Jaan_Tonisson_(Lasteleht), lk 280
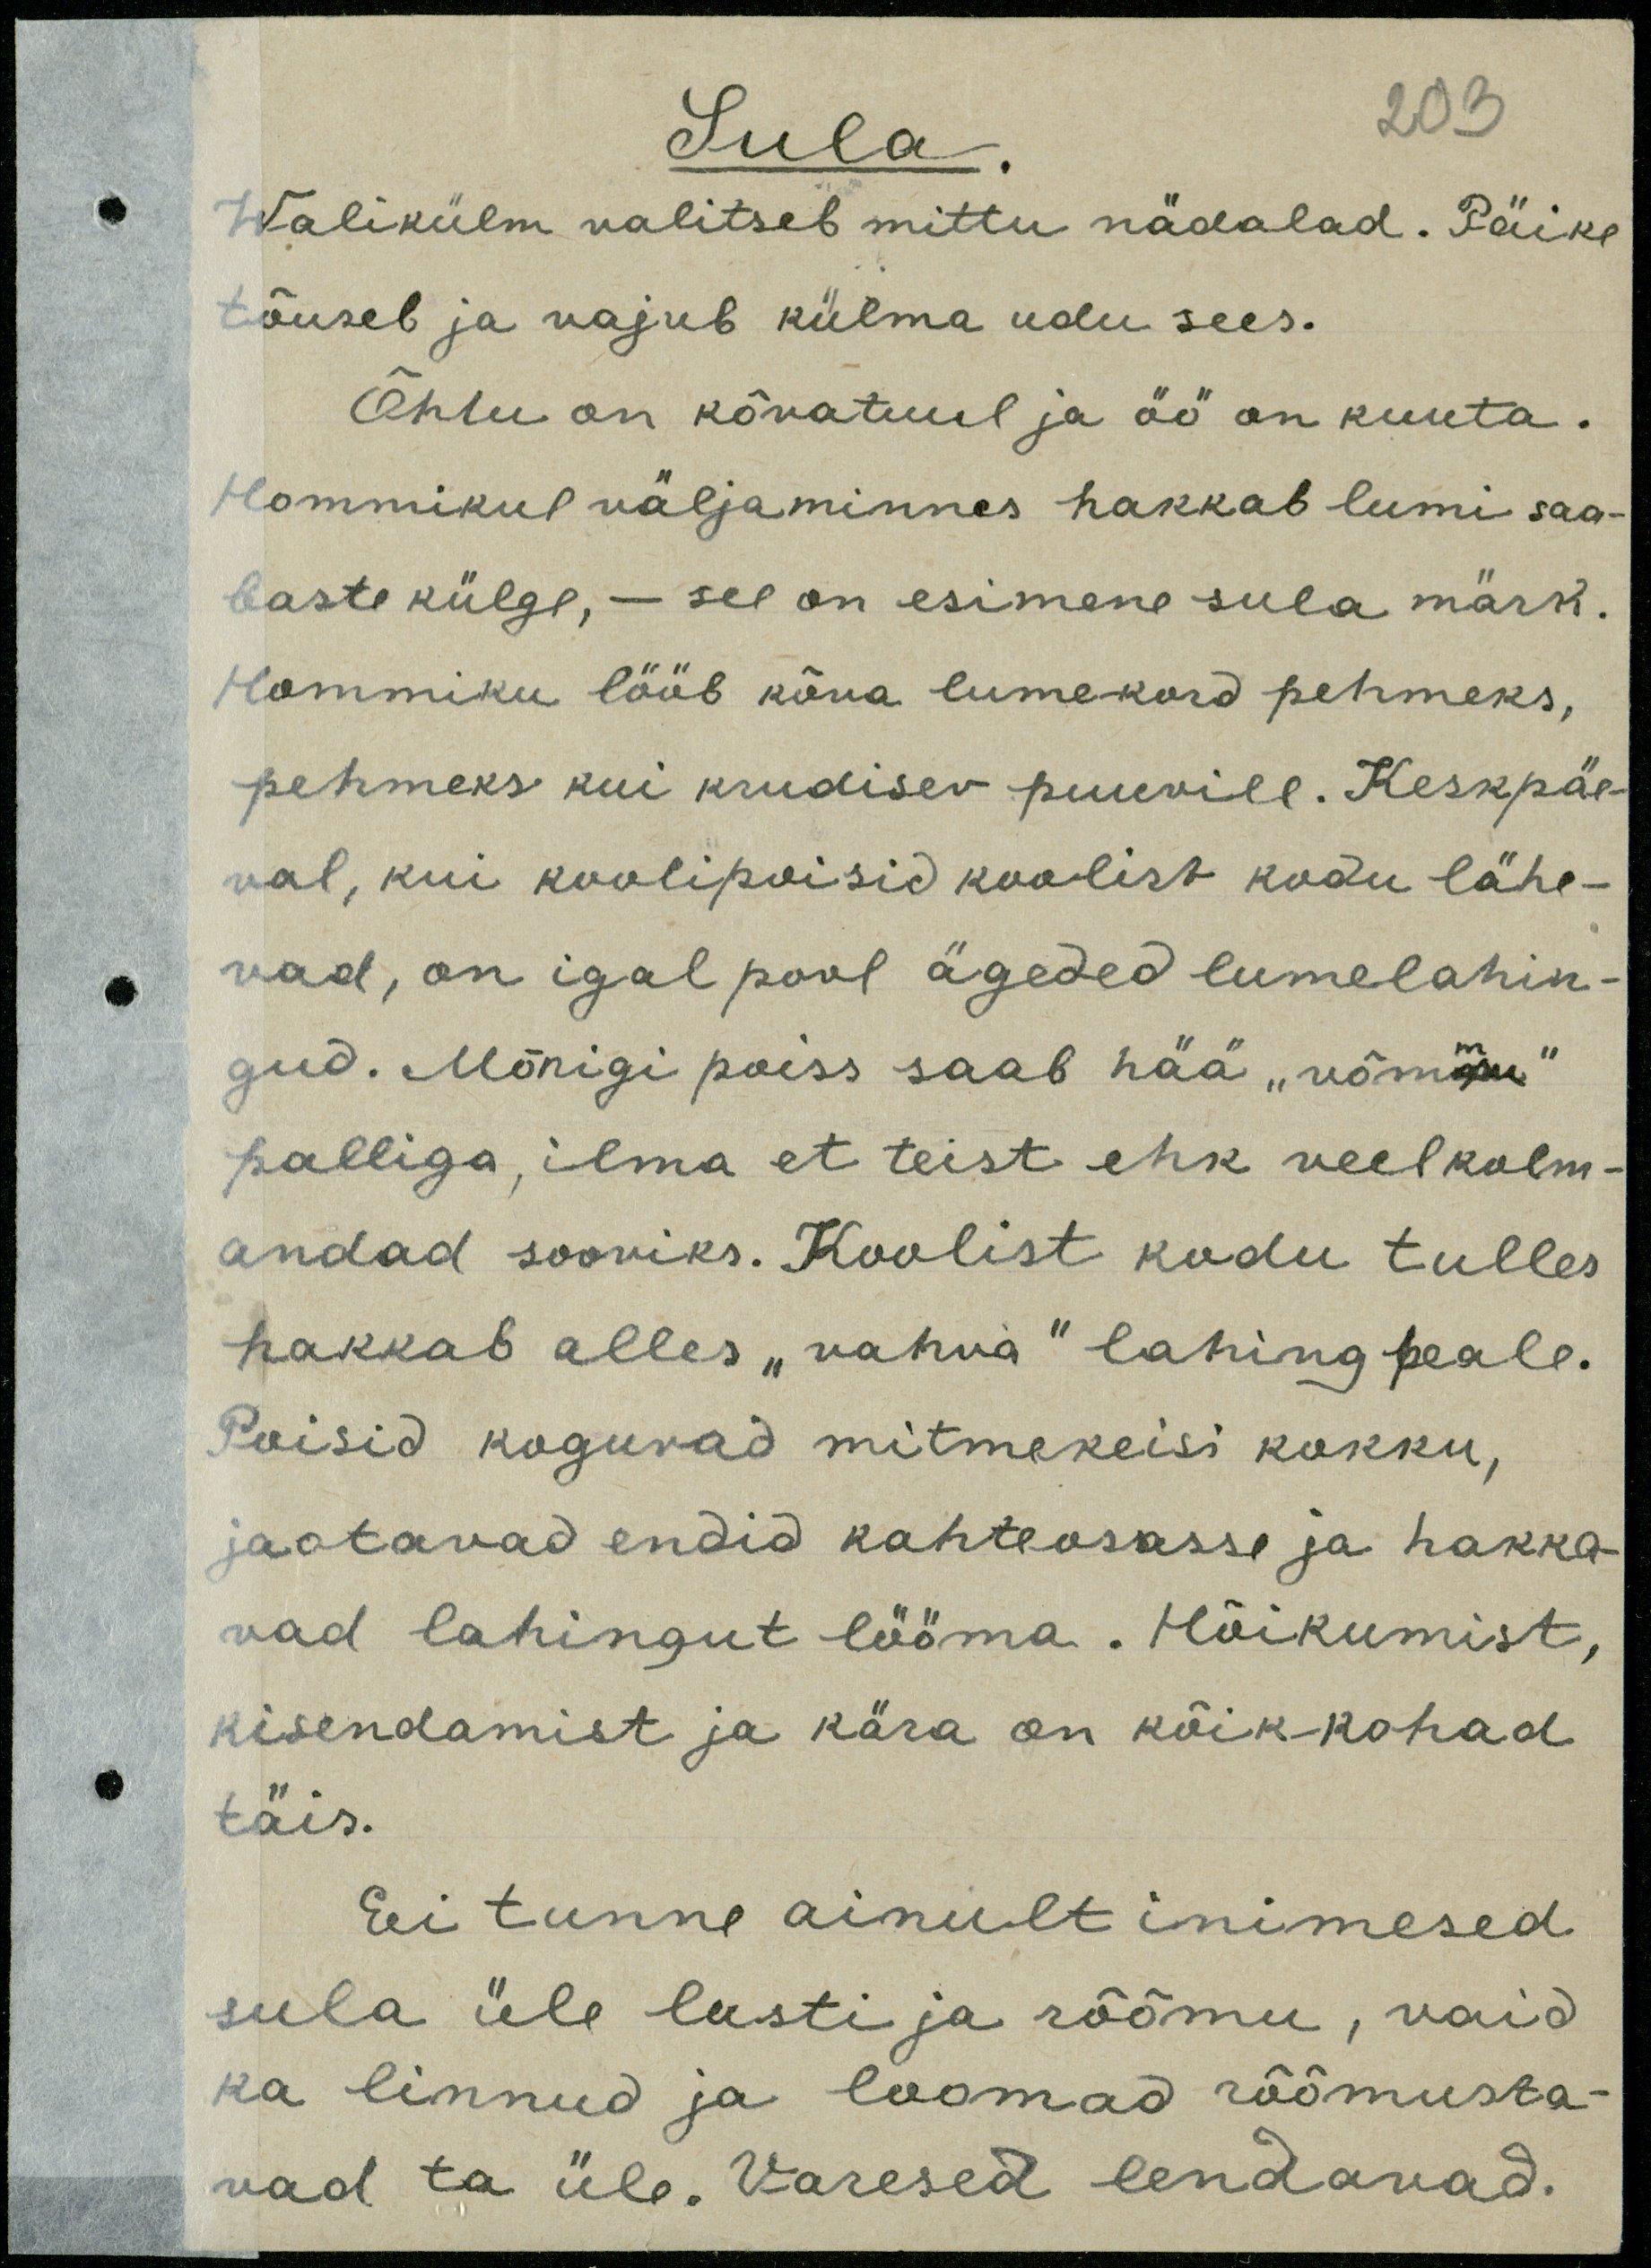
Sula
203
Walikülm valitseb mittu nädalad. Päike
tõuseb ja vajub külma udu sees.
Õhtu on kõvatuul ja öö on kuuta.
Hommikul väljaminnes hakkab lumi saa-
baste külge, - see on esimene sula märk.
Hommiku lööb kõva lumekord pehmeks,
pehmeks kui krudisev puuvill. Keskpäe-
val, kui koolipoisid koolist kodu lähe-
vad, on igal pool ägeded lumelahin-
gud. Mõnigi poiss saab hää "võmmu"
palliga, ilma et teist ehk veel kolm-
andad sooviks. Koolist kodu tulles
hakkab alles "vahva" lahing peale.
Poisid koguvad mitmekeisi kokku,
jaotavad endid kahteosasse ja hakka-
vad lahingut lööma. Hõikumist,
kisendamist ja kära on kõik kohad
täis.
Ei tunne ainult inimesed
sula üle lusti ja rõõmu, vaid
ka linnud ja loomad rõõmusta-
vad ta üle. Varesed lendavad.